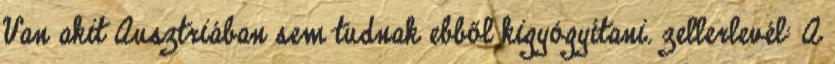
Van akit Ausztriában sem tudnak ebből kigyógyítani. zellerlevél: A